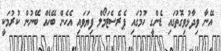
އޭނާ ވިދާޅުވިގޮތުގައި ޑެންގީ ހުމުގައި ޕެރެސެޓަމޯލް ފިޔަވައި އެހެން ބޭހެއް ބޭނުން ކުރުމަކީ